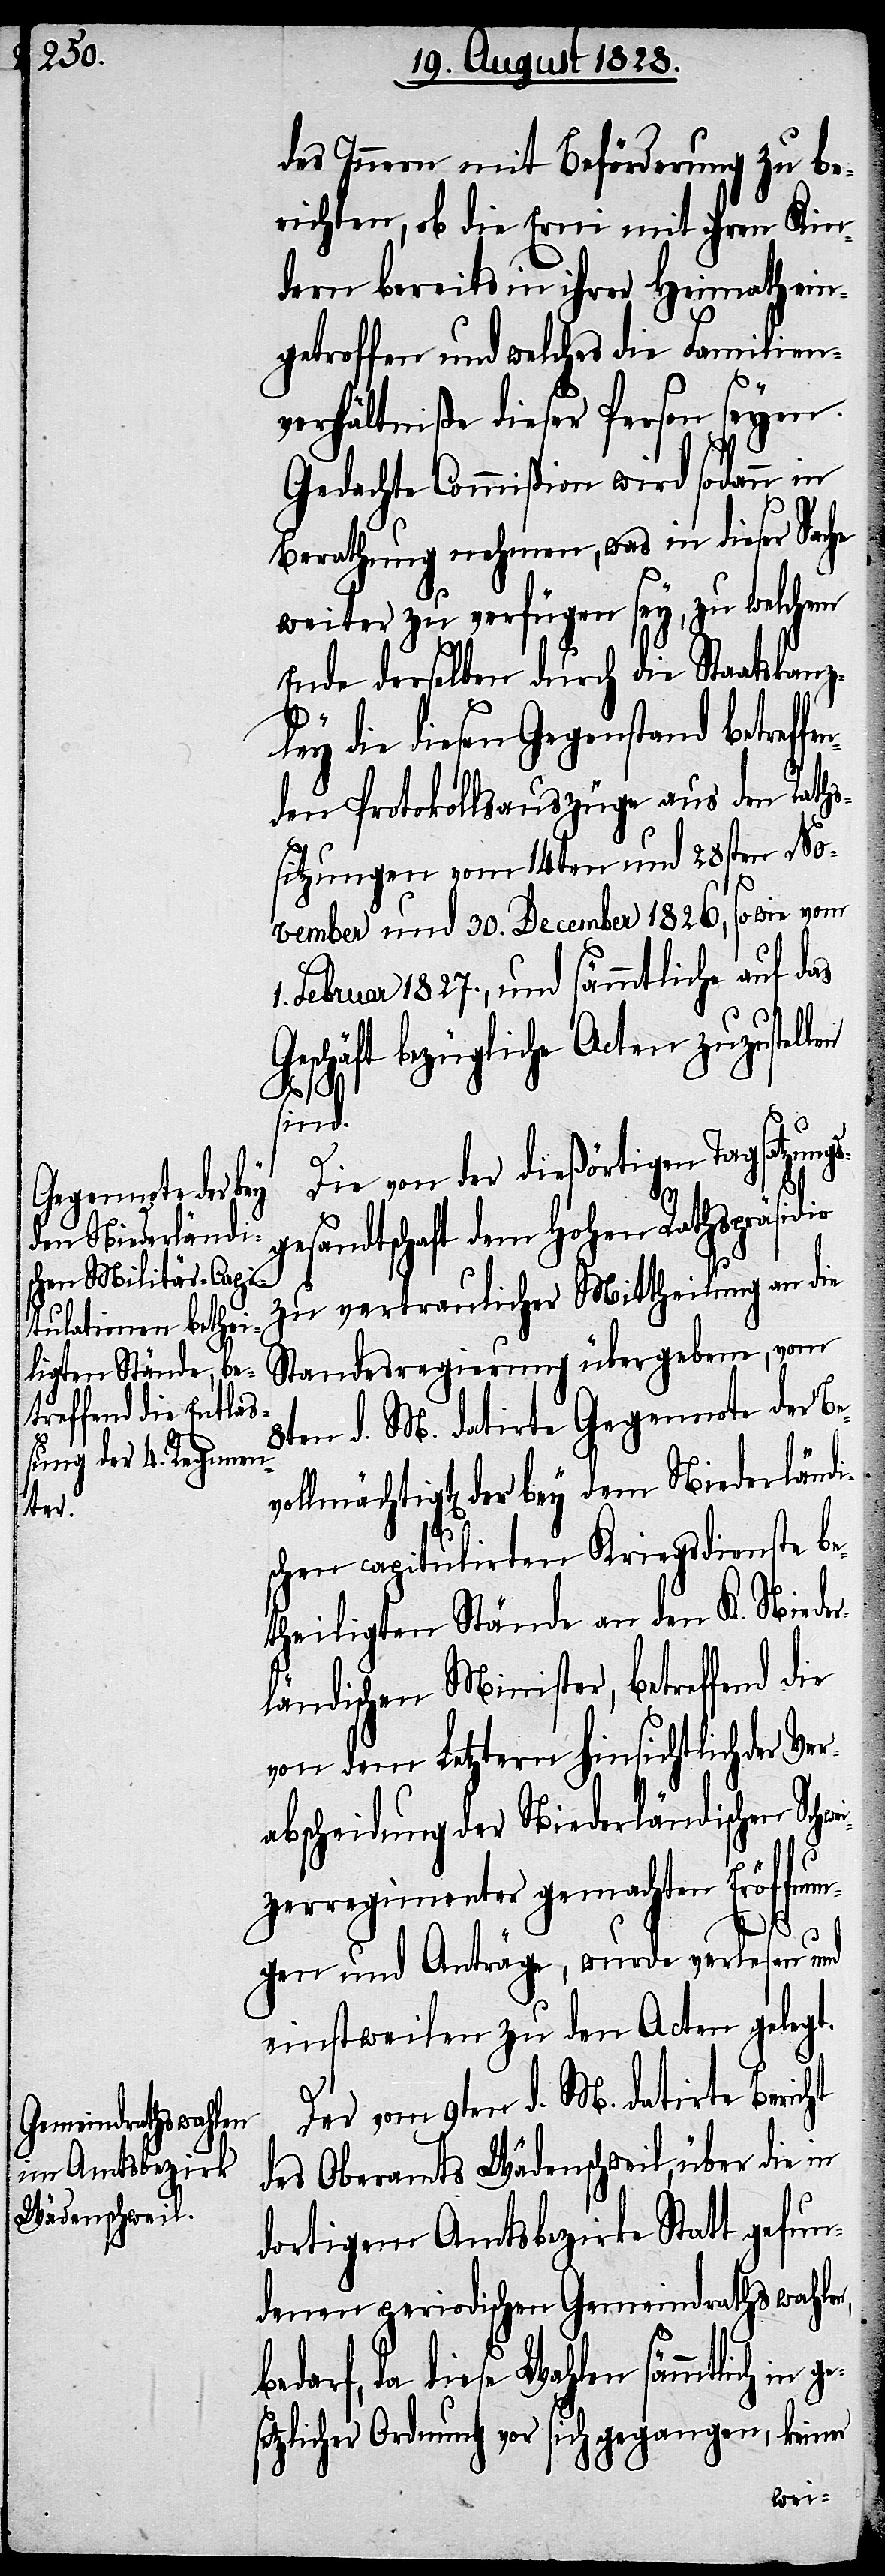
dem Niederländi¬
Ver¬

des Innern mit Beförderung zu be¬
richten, ob die Erni mit ihren Kin¬
dern bereits in ihrer Heimath ein¬
getroffen und welches die Familien¬
verhältniße dieser Person seyen.
Gedachte Commißion wird sodann in
Berathung nehmen, was in dieser Sache
weiter zu verfügen sey, zu welchem
Ende derselben durch die Staatskanz¬
ley die diesen Gegenstand betref¬
den Protokollsauszüge aus den Raths¬
sitzungen vom 14ten und 28sten No¬
vember und 30. December 1826, so wie vom
Februar 1827., und sämmtliche auf das
schäft bezügliche Acten zuzustel¬
sind.
1.
Die von der dießörtigen Tagsatzungs¬
gesandtschaft dem Hohen Rathspräsi¬
zu vertraulicher Mittheilung an die
Standesregierung übergebene, vom
8ten d. M. datirte Gegennote der
schen capitulirten Kriegsdienste be¬
theiligten Stände an den K. Nieder¬
ländischen Minister, betreffend
von dem Letztern hinsichtlich der
abscheidung der Niederländischen Schw¬
eizerregimenter gemachten Eröffnun¬
gen und Anträge, wurde verlesen und
einstweilen zu den Acten gelegt.
Der vom 9ten d. M. datirte Bericht
des Oberamts Wädenschweil, über die in
dortigem Amtsbezirke Statt gefun¬
denen periodischen Gemeindrathswahlen,
ges¬
bedarf, da diese Wahlen sämmtlich in
etzlicher Ordnung von sich gegangen, keiner
bey